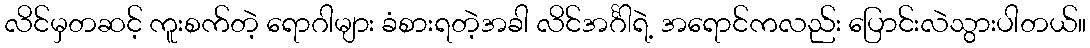
လိင်မှတဆင့် ကူးစက်တဲ့ ရောဂါများ ခံစားရတဲ့အခါ လိင်အင်္ဂါရဲ့ အရောင်ကလည်း ပြောင်းလဲသွားပါတယ်။